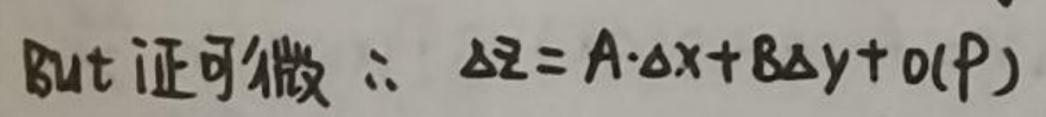
But证可微\(\therefore \Delta z = A\cdot \Delta x + B\Delta y + o(P)\)